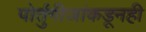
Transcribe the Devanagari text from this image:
पोर्तुगीजांकडूनही